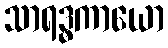
သာရဒ္ဓကာယော